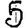
Digit: 5